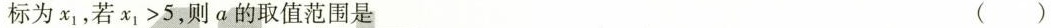
标为x_{ 1 }，若$$x _ { 1 } > 5$$，则a的取值范围是 ( )